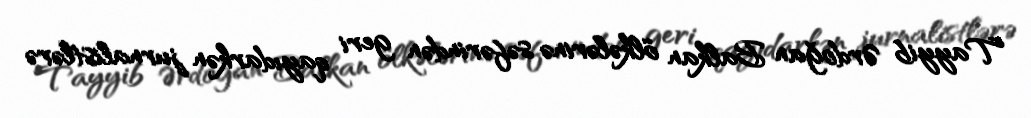
Tayyib Ərdoğan Balkan ölkələrinə səfərindən geri qayıdarkən jurnalistlərə